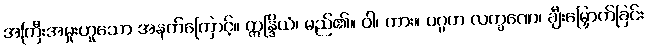
အကြီးအမှုးဟူသော အနက်ကြောင့်။ ဣန္ဒြိယံ၊ မည်၏။ ဝါ၊ ကား။ ပဂ္ဂဟ လက္ခဏေ၊ ချီးမြှောက်ခြင်း